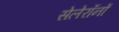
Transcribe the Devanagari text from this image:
सेलेरॉनों